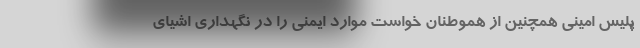
پلیس امینی همچنین از هموطنان خواست موارد ایمنی را در نگهداری اشیای